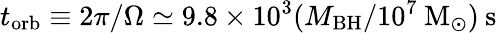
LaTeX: t_{\mathrm{orb}}\equiv 2\pi/\Omega\simeq 9.8\times 10^{3}(M_{\mathrm{BH}}/10^{7}\: \mathrm{M}_{\odot})\: \mathrm{{s}}